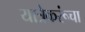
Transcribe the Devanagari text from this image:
यात्रेकरूंचा